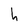
Character: h